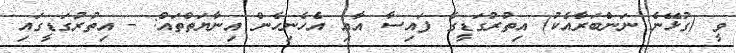
ވީ (ގުޅޭނެ ނަންބަރާއެކު) އިތުރުގަޑީގެ ފައިސާ އާއި އެހެނިހެން އިނާޔަތްތައް: - އިތުރުގަޑީގައި